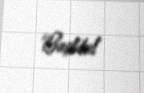
Başlıbel